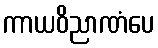
ကာယဝိညာဏံပေ